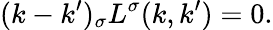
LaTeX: (k-k^{\prime})_{\sigma}L^{\sigma}(k,k^{\prime})=0.